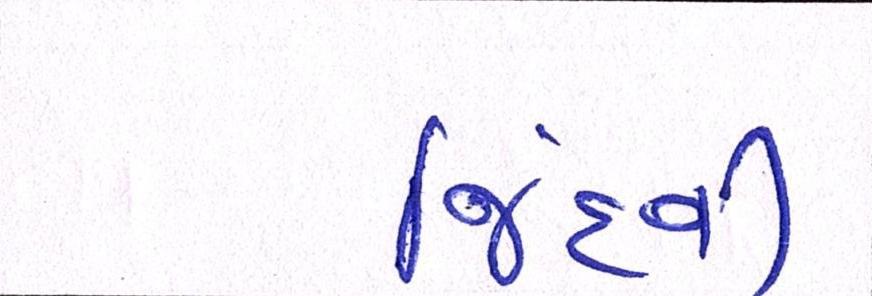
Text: જિંદગી